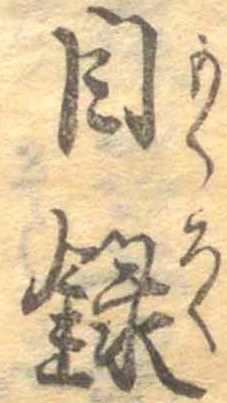
目録